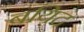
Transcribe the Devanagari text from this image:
बयिद